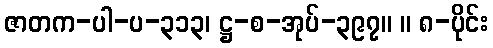
ဇာတက-ပါ-ပ-၃၁၃၊ ဋ္ဌ-စ-အုပ်-၃၉၇။ ။ ၈-ပိုင်း